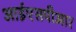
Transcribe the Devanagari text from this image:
आईएसपीआर